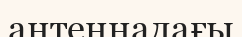
антеннадағы